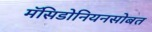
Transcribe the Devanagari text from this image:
मॅसिडोनियनसोबत